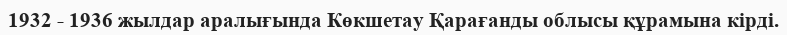
1932 - 1936 жылдар аралығында Көкшетау Қарағанды облысы құрамына кірді.